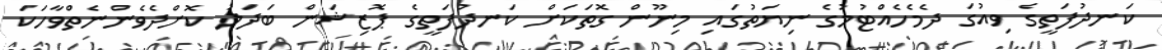
ކަނދުފަތީގެ ވިއުގަ ދެމެހެއްޓުމުގެ ނިޔަތުގައި މިނޫން ގޮތަކަށް ކަނދުފަތީގެ ޕޮޒިޝަން ބަދަލު ކޮށްދެވެންނެތްވާހަކަ